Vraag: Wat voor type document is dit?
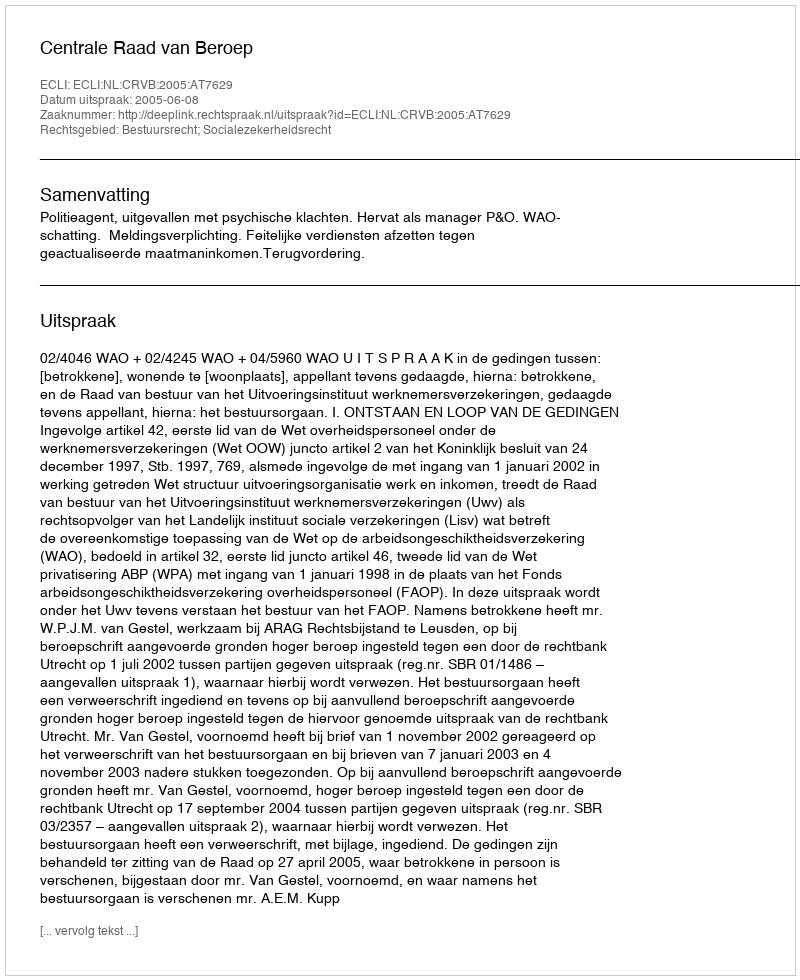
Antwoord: Uitspraak